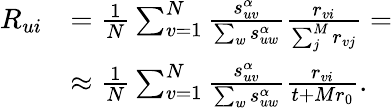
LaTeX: \begin{array}{rl}{R_{ui}}&{=\frac{1}{N}\sum_{v=1}^{N}\frac{s_{uv}^{\alpha}}{\sum_{w}s_{uw}^{\alpha}}\frac{r_{vi}}{\sum_{j}^{M}r_{vj}}=}\\ &{\approx\frac{1}{N}\sum_{v=1}^{N}\frac{s_{uv}^{\alpha}}{\sum_{w}s_{uw}^{\alpha}}\frac{r_{vi}}{t+Mr_{0}}.}\end{array}